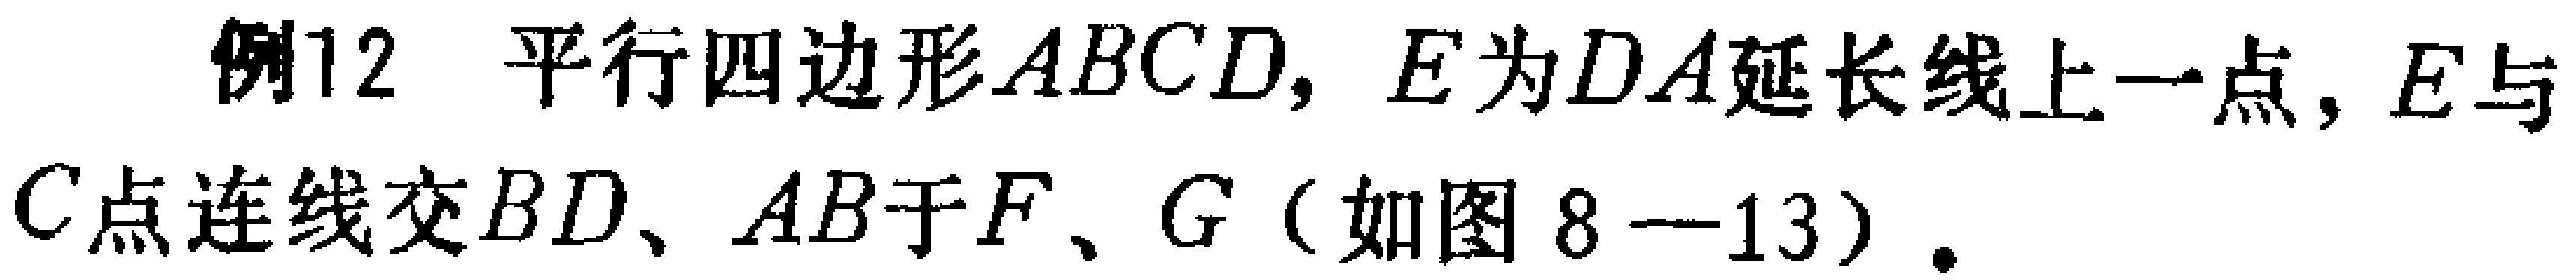
例12 平行四边形\(ABCD\)，\(E\)为\(DA\)延长线上一点，\(E\)与\(C\)点连线交\(BD\)、\(AB\)于\(F\)、\(G\)（如图8—13）.